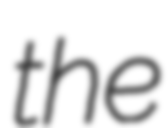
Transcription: the